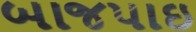
બાજપાઇ